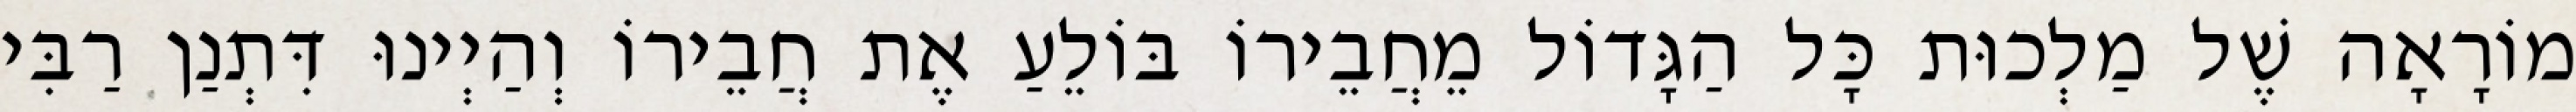
מוֹרָאָה שֶׁל מַלְכוּת כָּל הַגָּדוֹל מֵחֲבֵירוֹ בּוֹלֵעַ אֶת חֲבֵירוֹ וְהַיְינוּ דִּתְנַן רַבִּי